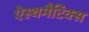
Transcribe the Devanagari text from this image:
ऐस्थमैटिक्स